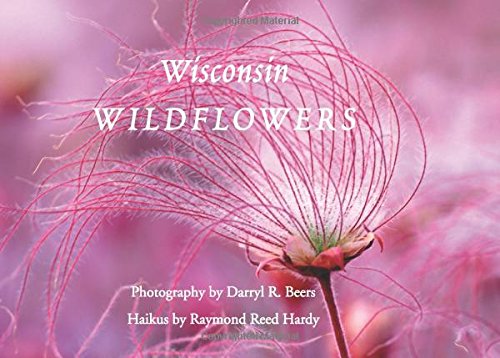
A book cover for Wisconsin Wildflowers; Darryl R. Beers; Literature & Fiction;